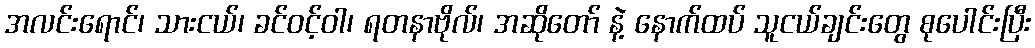
အလင်းရောင်၊ သားငယ်၊ ခင်ဝင့်ဝါ၊ ရတနာဗိုလ်၊ အဆိုတော် နဲ့ နောက်ထပ် သူငယ်ချင်းတွေ စုပေါင်းပြီး